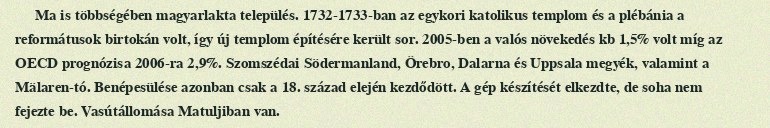
Ma is többségében magyarlakta település. 1732-1733-ban az egykori katolikus templom és a plébánia a reformátusok birtokán volt, így új templom építésére került sor. 2005-ben a valós növekedés kb 1,5% volt míg az OECD prognózisa 2006-ra 2,9%. Szomszédai Södermanland, Örebro, Dalarna és Uppsala megyék, valamint a Mälaren-tó. Benépesülése azonban csak a 18. század elején kezdődött. A gép készítését elkezdte, de soha nem fejezte be. Vasútállomása Matuljiban van.